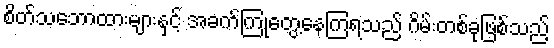
စိတ်သဘောထားများနှင့် အခက်ကြုံတွေ့နေကြရသည် ဂိမ်းတစ်ခုဖြစ်သည့်